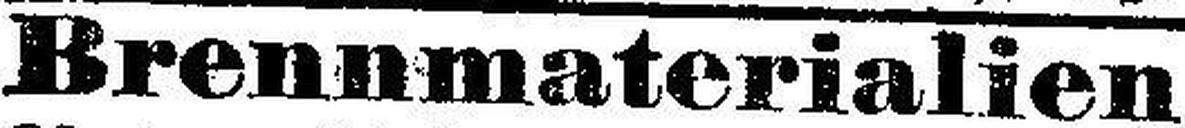
Brennmaterialien